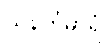
သနင်္ကုမာရံ